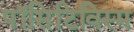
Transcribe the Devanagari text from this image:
पॉसिटिविस्म